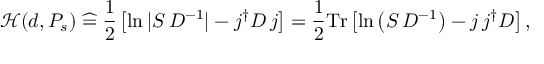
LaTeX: { \mathcal { H } } ( d , P _ { s } ) \; { \widehat { = } } \; { \frac { 1 } { 2 } } \left[ \ln | S \, D ^ { - 1 } | - j ^ { \dagger } D \, j \right] = { \frac { 1 } { 2 } } \mathrm { T r } \left[ \ln \left( S \, D ^ { - 1 } \right) - j \, j ^ { \dagger } D \right] ,